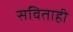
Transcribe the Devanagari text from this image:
सविताही